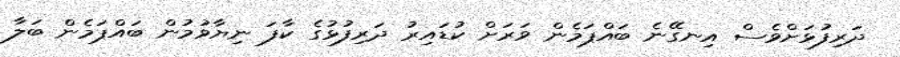
ދަރިފުޅަށްވެސް އިނގޭނެ ބައްޕަމެން ވަރަށް ކުޑައިރު ދަރިފުޅުގެ ކާފަ ނިޔާވުމުން ބައްޕަމެން ބަލާ